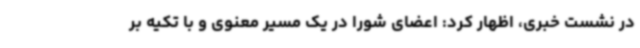
در نشست خبری، اظهار کرد: اعضای شورا در یک مسیر معنوی و با تکیه بر